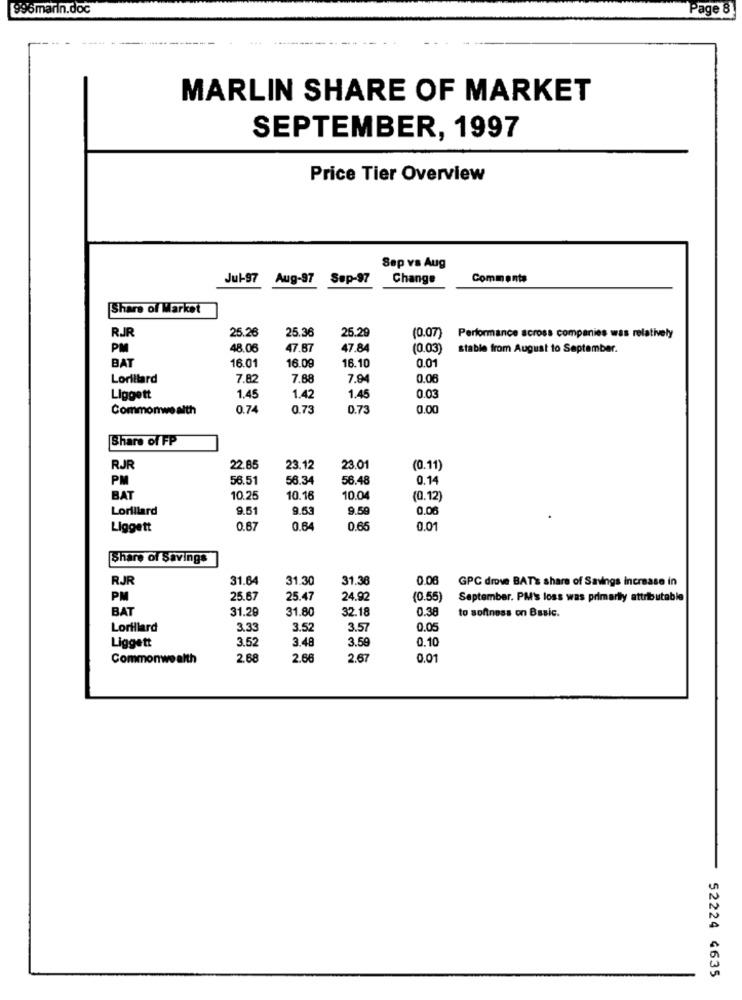
996marin.doc
Page 8
---- --
MARLIN SHARE OF MARKET
SEPTEMBER, 1997
Price Tier Overview
Sap vs Aug
Jul-97
Aug-97
Sep-97
Change
Comments
Share of Market
RJR
25.29
25.26
25.36
(0.07)
Performance across companies was relatively
PM
48.06
47.87
47.84
(0.03)
stable from August to September.
BAT
16.01
16.08
16.10
0.01
Lorillard
7.8
7.88
7.9
0.08
Liggett
1.45
1.42
1.45
0.03
Commonwealth
0.7
0.73
0.73
0.00
Share of FP
RJR
22.85
23.12
23.01
(0.11)
PM
56.51
56.34
56.48
0.14
BAT
10.25
10.16
10.04
(0.12)
Lorillard
9.51
9.53
9.59
0.00
Liggett
0.67
0.64
0.6
0.01
Share of Savings
RJR
31.64
31.30
31.36
0.08
GPC drove BAT's share of Savings Increase in
PM
25.67
25.47
24.92
(0.55)
September. PM's loss was primarily attributable
BAT
31.28
31.80
32.18
0.38
to softness on Basic.
Lorillard
3.3
3.52
3.57
0.05
Liggett
3.52
3.48
3.50
0.10
Commonwealth
2.68
2.68
2.67
0.01
52224 4635